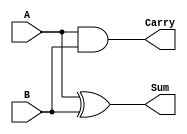
module half_adder_struct(Sum, Carry, A, B);
input A, B;
output Sum, Carry;
xor(Sum, A, B);
and(Carry, A, B);
endmodule